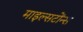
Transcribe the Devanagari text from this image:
माइल्सटोंन्स